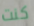
كنت